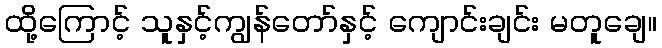
ထို့ကြောင့် သူနှင့်ကျွန်တော်နှင့် ကျောင်းချင်း မတူချေ။